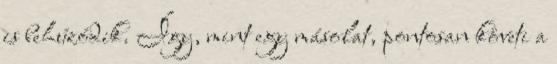
is behúzódik. Így, mint egy másolat, pontosan követi a